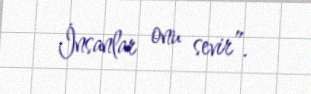
İnsanlar onu sevir”.